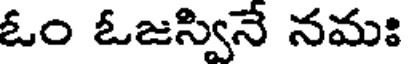
ఓం ఓజస్వినే నమః